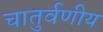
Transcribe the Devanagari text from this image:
चातुर्वणीय